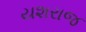
યશરાજ